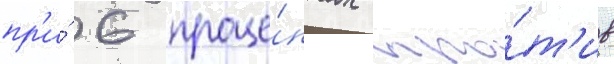
пр'и́ 6 проце́нтах про́т'ив